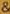
&